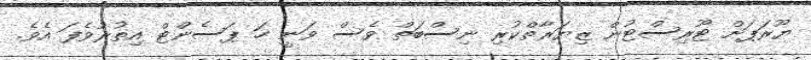
ޔޫރަޕަށް ޓޫރިސްޓުން ޒިޔަރާތްކުރި ނިސްބަތް ވެސް ވަނީ ހަ ޕަސެންޓް އިތުރުވެފަ އެވެ.